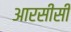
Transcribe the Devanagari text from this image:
आरसीसी